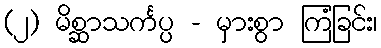
(၂) မိစ္ဆာသင်္ကပ္ပ - မှားစွာ ကြံခြင်း၊